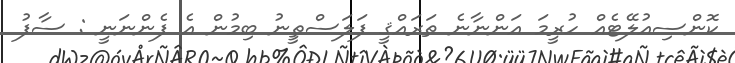
ކޮންސިއުލޭޓެއް ހުރީމަ އަންނާނެ ތަރައްޤީ ފަލަސްޠީނު ބިމުން އެ ފެންނަނީ : ސާފު